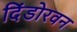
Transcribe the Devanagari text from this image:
दिंडोरवन